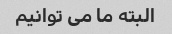
البته ما می توانیم